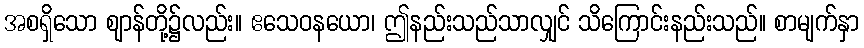
အစရှိသော ဈာန်တို့၌လည်း။ ဧသေဝနယော၊ ဤနည်းသည်သာလျှင် သိကြောင်းနည်းသည်။ စာမျက်နှာ